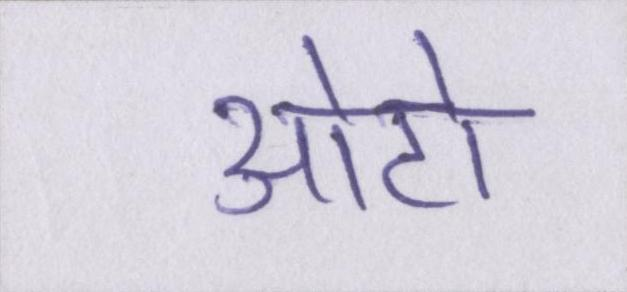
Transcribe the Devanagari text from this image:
ओटो